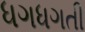
ધગધગતી